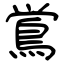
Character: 鴬